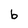
Character: b